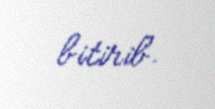
bitirib.